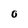
Character: 0